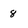
Character: 8